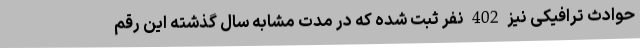
حوادث ترافیکی نیز 402 نفر ثبت شده که در مدت مشابه سال گذشته این رقم